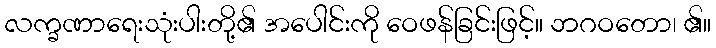
လက္ခဏာရေးသုံးပါးတို့၏ အပေါင်းကို ဝေဖန်ခြင်းဖြင့်။ ဘဂဝတော၊ ၏။